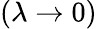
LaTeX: (\lambda\to 0)